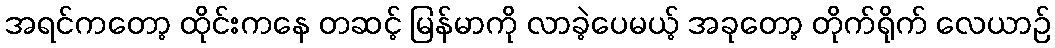
အရင်ကတော့ ထိုင်းကနေ တဆင့် မြန်မာကို လာခဲ့ပေမယ့် အခုတော့ တိုက်ရိုက် လေယာဉ်